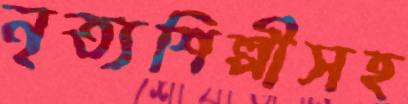
নৃত্যশিল্পীসহ